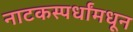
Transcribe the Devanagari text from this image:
नाटकस्पर्धांमधून